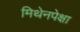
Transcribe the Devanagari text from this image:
मिथेनपेक्षा